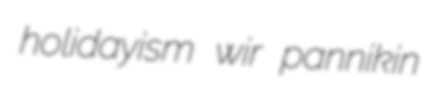
holidayism wir pannikin